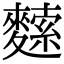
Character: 𪍟